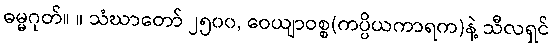
ဓမ္မဂုတ်။ ။ သံဃာတော် ၂၅၀၀, ဝေယျာဝစ္စ(ကပ္ပိယကာရက)နဲ့ သီလရှင်